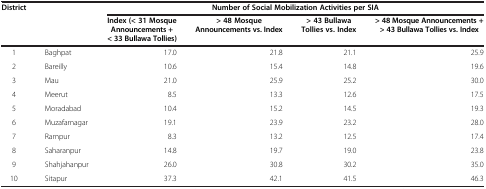
| <ROWSPAN=2> District | <ROWSPAN=2>  | <COLSPAN=4> Number of Social Mobilization Activities per SIA |
 | Index (< 31 Mosque Announcements + < 33 Bullawa Tollies) | > 48 Mosque Announcements vs. Index | > 43 Bullawa Tollies vs. Index | > 48 Mosque Announcements + > 43 Bullawa Tollies vs. Index |
 | --- | --- | --- | --- | --- | --- |
 | 1 | Baghpat | 17.0 | 21.8 | 21.1 | 25.9 |
 | 2 | Bareilly | 10.6 | 15.4 | 14.8 | 19.6 |
 | 3 | Mau | 21.0 | 25.9 | 25.2 | 30.0 |
 | 4 | Meerut | 8.5 | 13.3 | 12.6 | 17.5 |
 | 5 | Moradabad | 10.4 | 15.2 | 14.5 | 19.3 |
 | 6 | Muzafarnagar | 19.1 | 23.9 | 23.2 | 28.0 |
 | 7 | Rampur | 8.3 | 13.2 | 12.5 | 17.4 |
 | 8 | Saharanpur | 14.8 | 19.7 | 19.0 | 23.8 |
 | 9 | Shahjahanpur | 26.0 | 30.8 | 30.2 | 35.0 |
 | 10 | Sitapur | 37.3 | 42.1 | 41.5 | 46.3 |